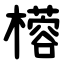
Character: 㯴